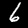
Digit: 6